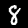
Label: 8